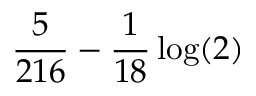
\frac { 5 } { 2 1 6 } - \frac { 1 } { 1 8 } \log ( 2 )